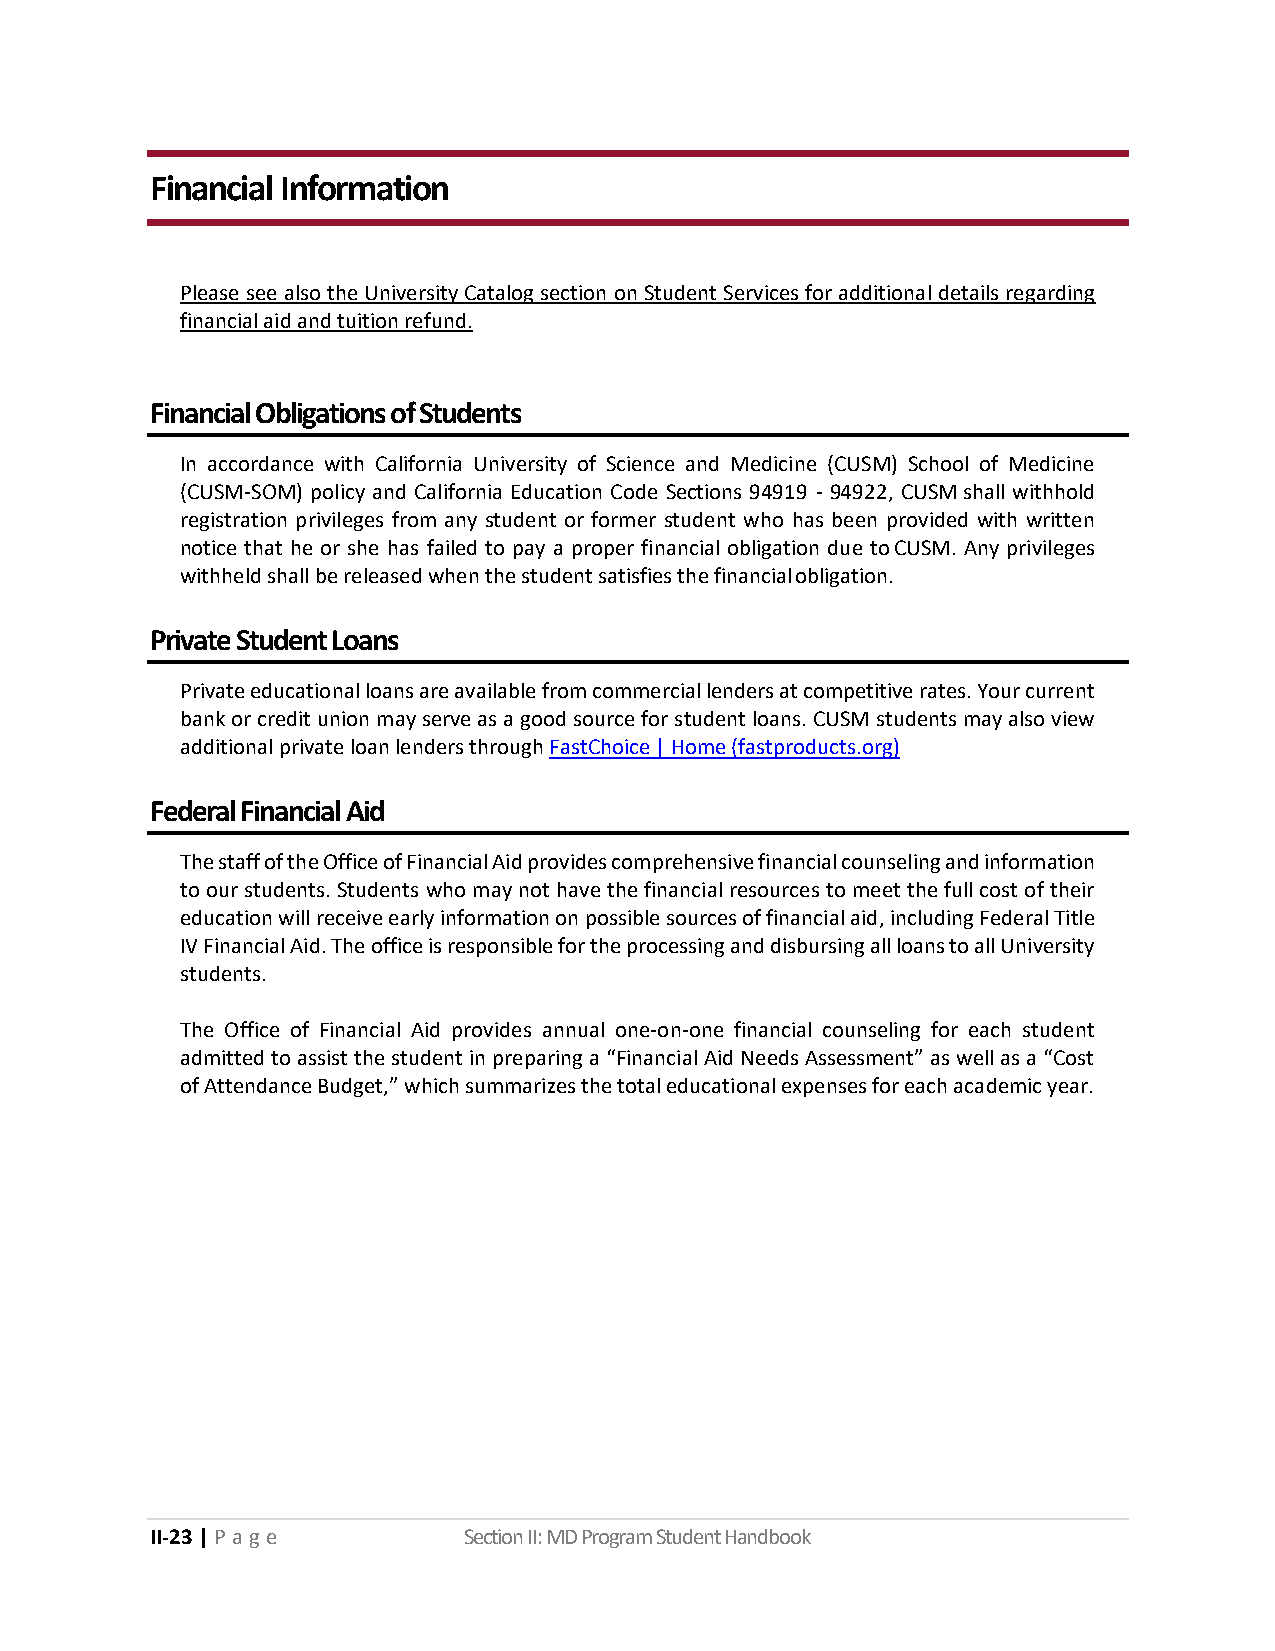
Financial Information
 Please see also the University Catalog section on Student Services for additional details regarding
 financial aid and tuition refund.
 Financial Obligations of Students
 In accordance with California University of Science and Medicine (CUSM) School of Medicine
 (CUSM-SOM) policy and California Education Code Sections 94919 - 94922, CUSM shall withhold
 registration privileges from any student or former student who has been provided with written
 notice that he or she has failed to pay a proper financial obligation due to CUSM. Any privileges
 withheld shall be released when the student satisfies the financial obligation.
 Private Student Loans
 Private educational loans are available from commercial lenders at competitive rates. Your current
 bank or credit union may serve as a good source for student loans. CUSM students may also view
 additional private loan lenders through FastChoice | Home (fastproducts.org)
 Federal Financial Aid
 The staff of the Office of Financial Aid provides comprehensive financial counseling and information
 to our students. Students who may not have the financial resources to meet the full cost of their
 education will receive early information on possible sources of financial aid, including Federal Title
 IV Financial Aid. The office is responsible for the processing and disbursing all loans to all University
 students.
 The Office of Financial Aid provides annual one-on-one financial counseling for each student
 admitted to assist the student in preparing a “Financial Aid Needs Assessment” as well as a “Cost
 of Attendance Budget,” which summarizes the total educational expenses for each academic year.
 II-23 | P a g e      Section II: MD Program Student Handbook